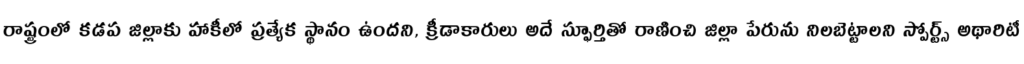
రాష్ట్రంలో కడప జిల్లాకు హాకీలో ప్రత్యేక స్థానం ఉందని, క్రీడాకారులు అదే స్ఫూర్తితో రాణించి జిల్లా పేరును నిలబెట్టాలని స్పోర్ట్స్ అథారిటీ